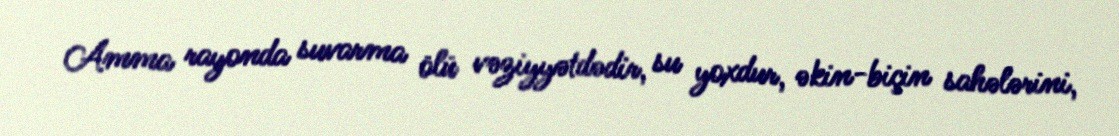
Amma rayonda suvarma ölü vəziyyətdədir, su yoxdur, əkin-biçin sahələrini,